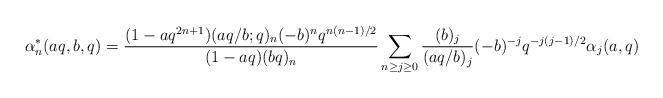
LaTeX: \begin{align*}\alpha^{*}_n(aq,b, q)=\frac{(1-aq^{2n+1})(aq/b;q)_n(-b)^nq^{n(n-1)/2}}{(1-aq)(bq)_n}\sum_{n\ge j\ge0}\frac{(b)_j}{(aq/b)_j}(-b)^{-j}q^{-j(j-1)/2}\alpha_j(a,q)\end{align*}